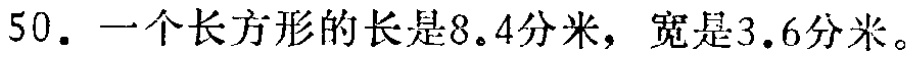
50. 一个长方形的长是8.4分米，宽是3.6分米。